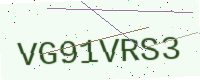
Text: VG91VRS3